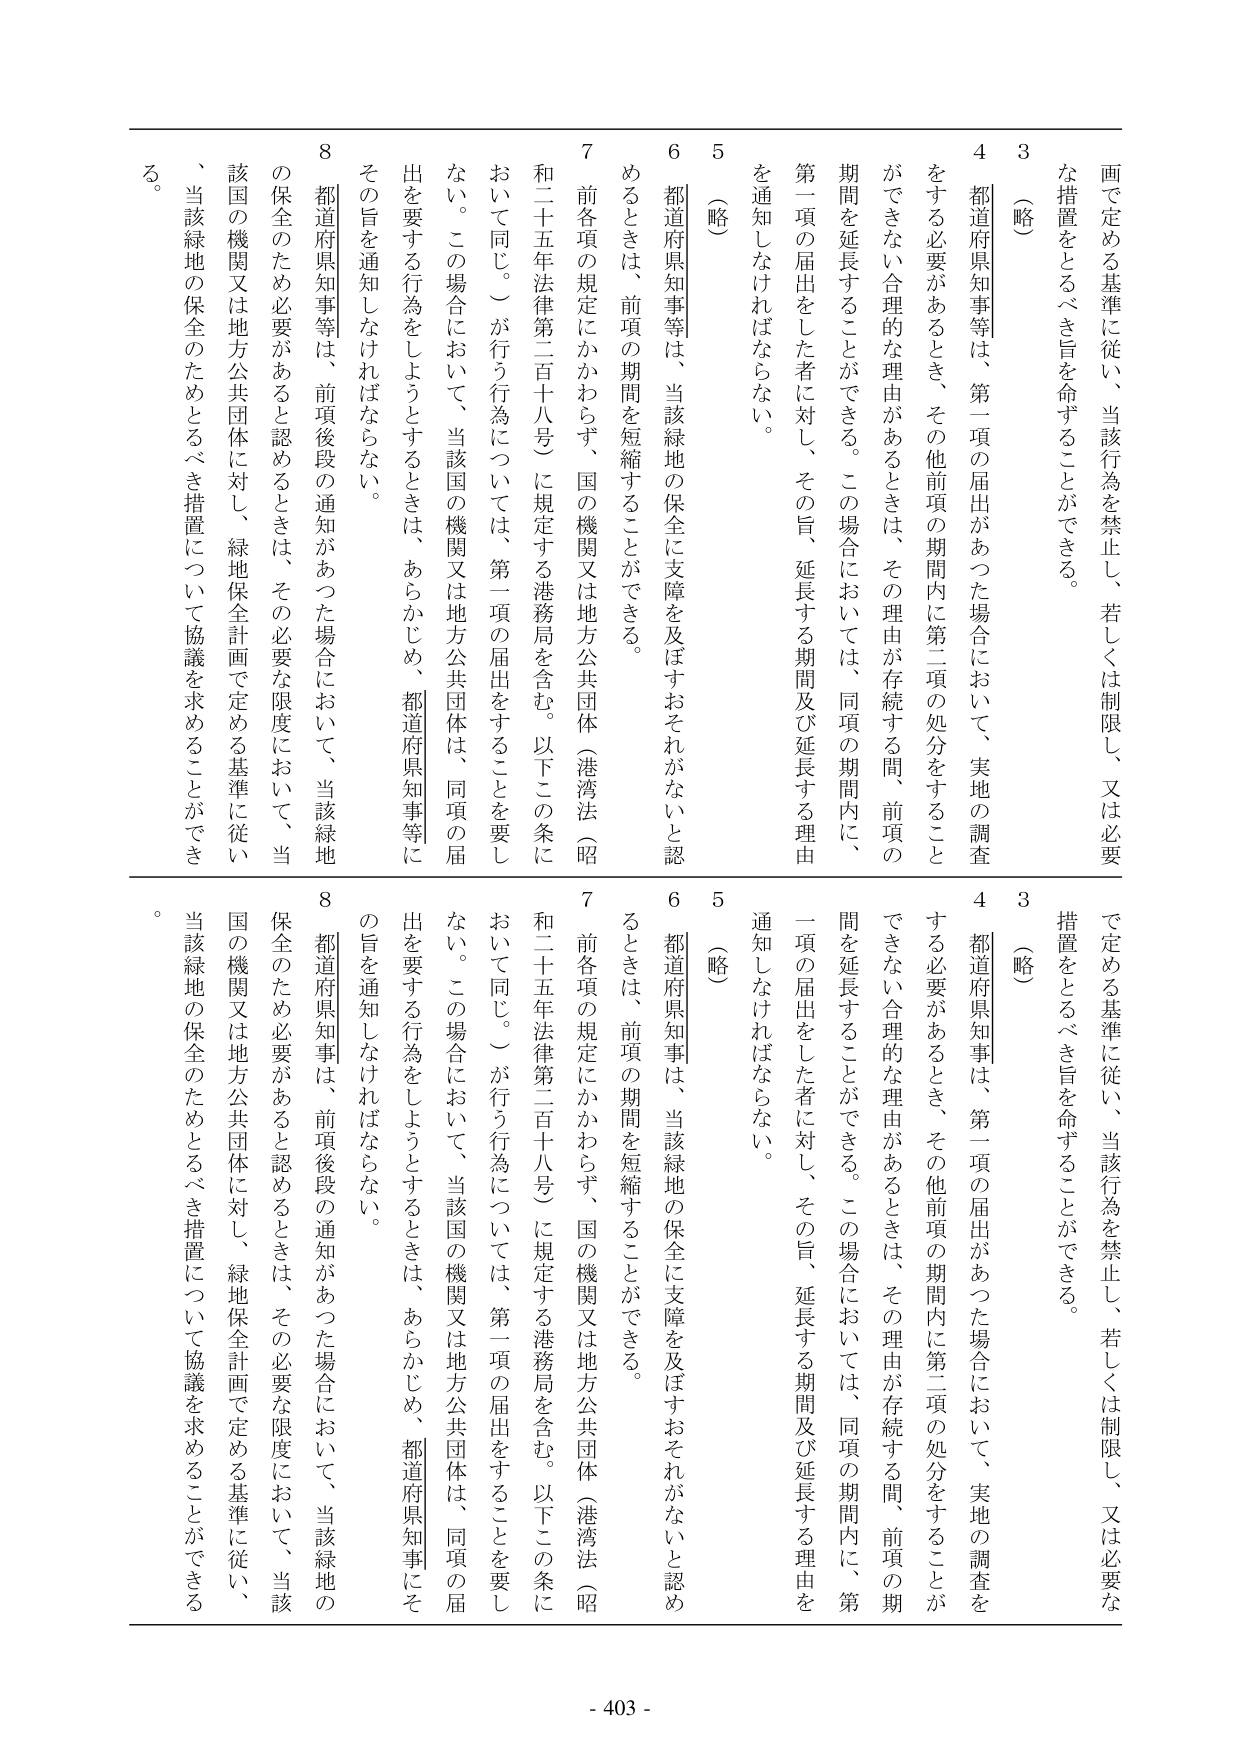
画で定める基準に従い、当該行為を禁止し、若しくは制限し、又は必要な措置をとるべき旨を命ずることができる。

3 （略）

4 都道府県知事等は、第一項の届出があった場合において、実地の調査をする必要があるとき、その他前項の期間内に第二項の処分をすることができない合理的な理由があるときは、その理由が存続する間、前項の期間を延長することができる。この場合においては、同項の期間内に、第一項の届出をした者に対し、その旨、延長する期間及び延長する理由を通知しなければならない。

5 （略）

6 都道府県知事等は、当該緑地の保全に支障を及ぼすおそれがないと認めるときは、前項の期間を短縮することができる。

7 前各項の規定にかかわらず、国の機関又は地方公共団体（港湾法（昭和二十五年法律第二百十八号）に規定する港務局を含む。以下この条において同じ。）が行う行為については、第一項の届出をすることを要しない。この場合において、当該国の機関又は地方公共団体は、同項の届出を要する行為をしようとするときは、あらかじめ、都道府県知事等にその旨を通知しなければならない。

8 都道府県知事等は、前項後段の通知があった場合において、当該緑地の保全のため必要があると認めるときは、その必要な限度において、当該国の機関又は地方公共団体に対し、緑地保全計画で定める基準に従い、当該緑地の保全のためとるべき措置について協議を求めることができる。

- 403 -

画で定める基準に従い、当該行為を禁止し、若しくは制限し、又は必要な措置をとるべき旨を命ずることができる。

3 （略）

4 都道府県知事は、第一項の届出があった場合において、実地の調査をする必要があるとき、その他前項の期間内に第二項の処分をすることができない合理的な理由があるときは、その理由が存続する間、前項の期間を延長することができる。この場合においては、同項の期間内に、第一項の届出をした者に対し、その旨、延長する期間及び延長する理由を通知しなければならない。

5 （略）

6 都道府県知事は、当該緑地の保全に支障を及ぼすおそれがないと認めるときは、前項の期間を短縮することができる。

7 前各項の規定にかかわらず、国の機関又は地方公共団体（港湾法（昭和二十五年法律第二百十八号）に規定する港務局を含む。以下この条において同じ。）が行う行為については、第一項の届出をすることを要しない。この場合において、当該国の機関又は地方公共団体は、同項の届出を要する行為をしようとするときは、あらかじめ、都道府県知事にその旨を通知しなければならない。

8 都道府県知事は、前項後段の通知があった場合において、当該緑地の保全のため必要があると認めるときは、その必要な限度において、当該国の機関又は地方公共団体に対し、緑地保全計画で定める基準に従い、当該緑地の保全のためとるべき措置について協議を求めることができる。